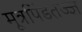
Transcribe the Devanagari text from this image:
मूत्रपिंडतज्‍ज्ञ